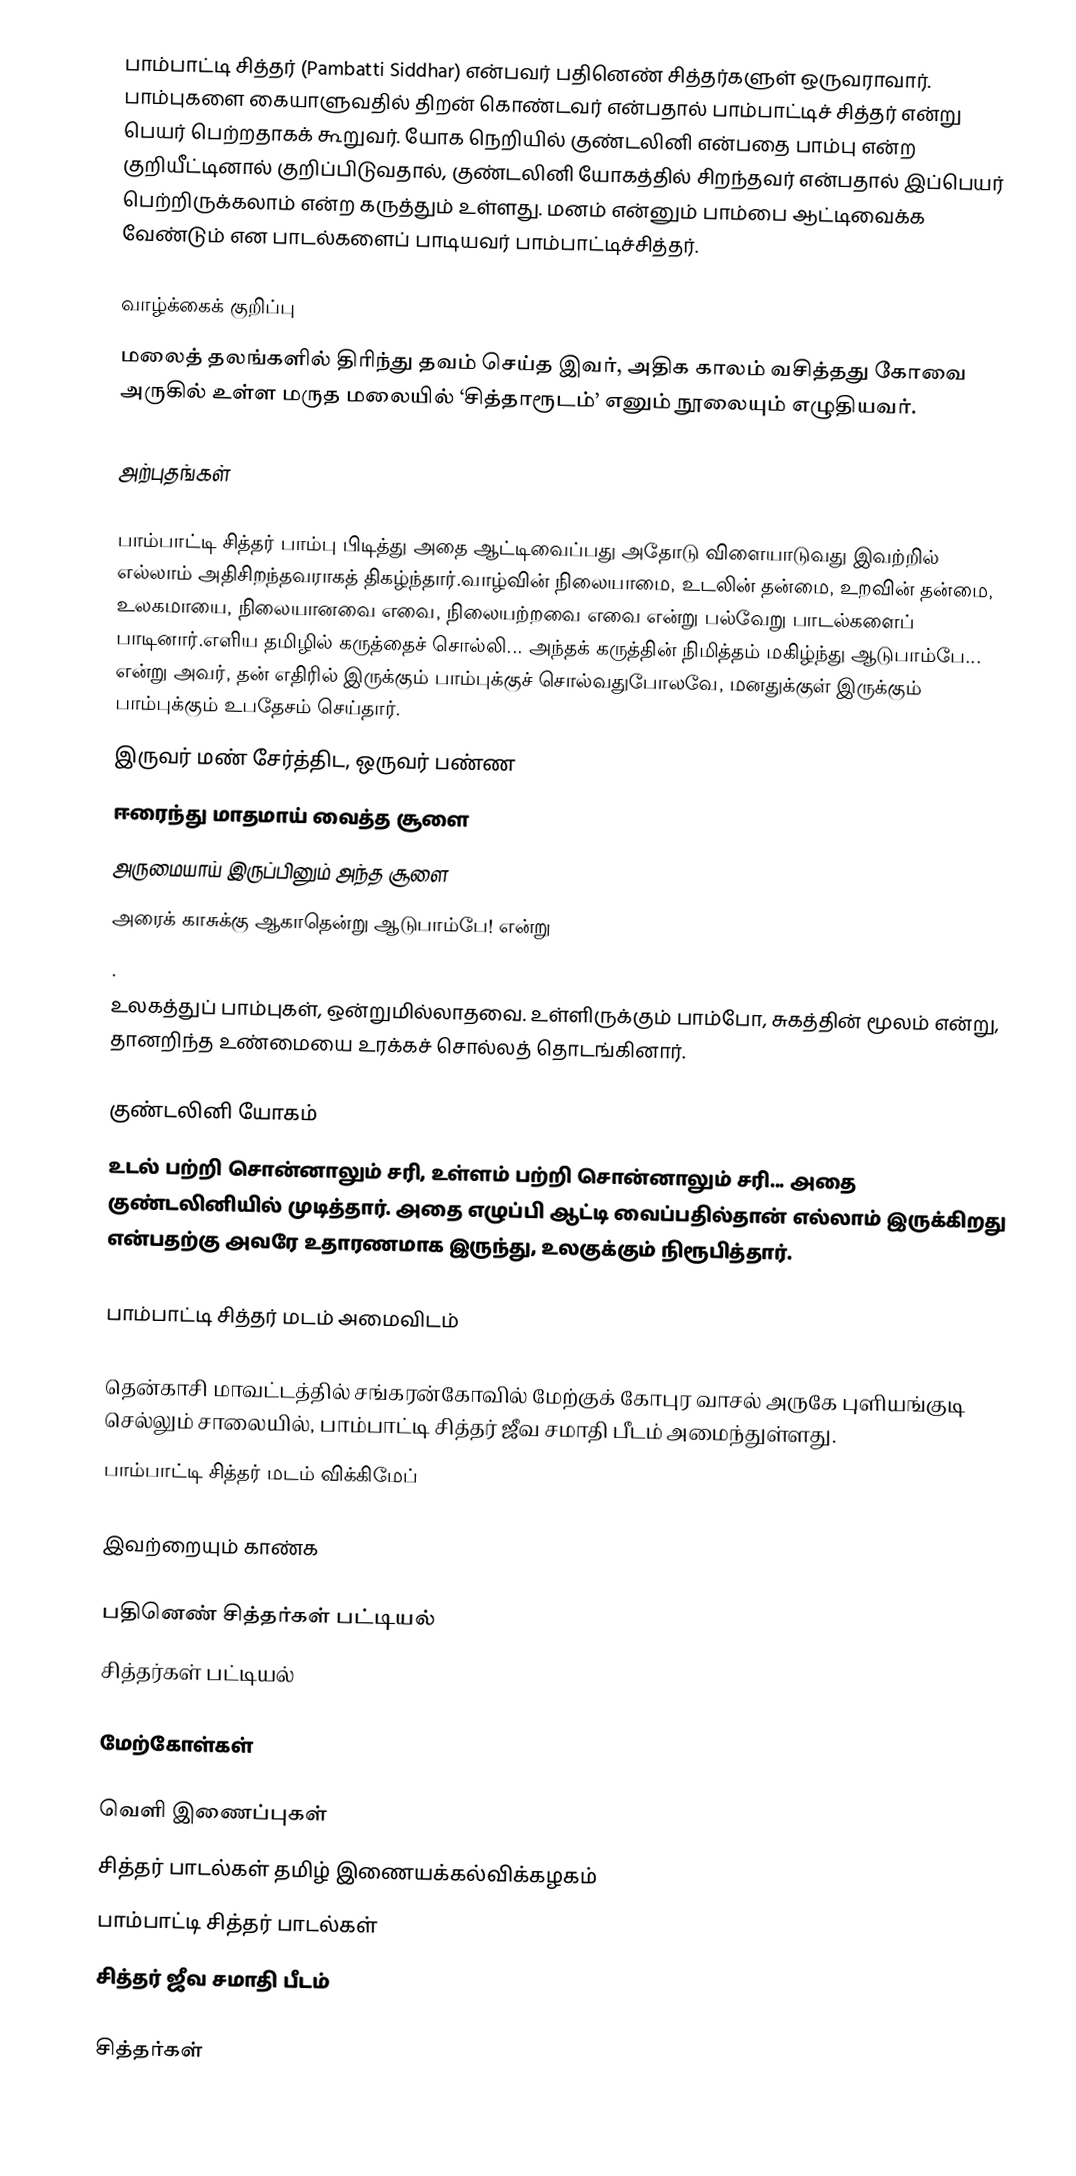
பாம்பாட்டி சித்தர் (Pambatti Siddhar) என்பவர் பதினெண் சித்தர்களுள் ஒருவராவார். பாம்புகளை கையாளுவதில் திறன் கொண்டவர் என்பதால் பாம்பாட்டிச் சித்தர் என்று பெயர் பெற்றதாகக் கூறுவர். யோக நெறியில் குண்டலினி என்பதை பாம்பு என்ற குறியீட்டினால் குறிப்பிடுவதால், குண்டலினி யோகத்தில் சிறந்தவர் என்பதால் இப்பெயர் பெற்றிருக்கலாம் என்ற கருத்தும் உள்ளது. மனம் என்னும் பாம்பை ஆட்டிவைக்க வேண்டும் ௭ன பாடல்களைப் பாடியவர் பாம்பாட்டிச்சித்தர்.

வாழ்க்கைக் குறிப்பு
மலைத் தலங்களில் திரிந்து தவம் செய்த இவர், அதிக காலம் வசித்தது கோவை அருகில் உள்ள மருத மலையில் ‘சித்தாரூடம்’ எனும் நூலையும் எழுதியவர்.

அற்புதங்கள்

பாம்பாட்டி சித்தர் பாம்பு பிடித்து அதை ஆட்டிவைப்பது அதோடு விளையாடுவது இவற்றில் எல்லாம் அதிசிறந்தவராகத் திகழ்ந்தார்.வாழ்வின் நிலையாமை, உடலின் தன்மை, உறவின் தன்மை, உலகமாயை, நிலையானவை எவை, நிலையற்றவை எவை என்று பல்வேறு பாடல்களைப் பாடினார்.எளிய தமிழில் கருத்தைச் சொல்லி... அந்தக் கருத்தின் நிமித்தம் மகிழ்ந்து ஆடுபாம்பே... என்று அவர், தன் எதிரில் இருக்கும் பாம்புக்குச் சொல்வதுபோலவே, மனதுக்குள் இருக்கும் பாம்புக்கும் உபதேசம் செய்தார்.
இருவர் மண் சேர்த்திட, ஒருவர் பண்ண
ஈரைந்து மாதமாய் வைத்த சூளை
அருமையாய் இருப்பினும் அந்த சூளை
அரைக் காசுக்கு ஆகாதென்று ஆடுபாம்பே!  என்று
.
உலகத்துப் பாம்புகள், ஒன்றுமில்லாதவை. உள்ளிருக்கும் பாம்போ, சுகத்தின் மூலம் என்று, தானறிந்த உண்மையை உரக்கச் சொல்லத் தொடங்கினார்.

குண்டலினி யோகம்
உடல் பற்றி சொன்னாலும் சரி, உள்ளம் பற்றி சொன்னாலும் சரி... அதை குண்டலினியில் முடித்தார். அதை எழுப்பி ஆட்டி வைப்பதில்தான் எல்லாம் இருக்கிறது என்பதற்கு அவரே உதாரணமாக இருந்து, உலகுக்கும் நிரூபித்தார்.

பாம்பாட்டி சித்தர் மடம் அமைவிடம்

 தென்காசி மாவட்டத்தில் சங்கரன்கோவில்  மேற்குக் கோபுர வாசல் அருகே புளியங்குடி செல்லும் சாலையில், பாம்பாட்டி சித்தர் ஜீவ சமாதி பீடம் அமைந்துள்ளது.
 பாம்பாட்டி சித்தர் மடம் விக்கிமேப்

இவற்றையும் காண்க

 பதினெண் சித்தர்கள் பட்டியல்
 சித்தர்கள் பட்டியல்

மேற்கோள்கள்

வெளி இணைப்புகள்
 சித்தர் பாடல்கள் தமிழ் இணையக்கல்விக்கழகம்
 பாம்பாட்டி சித்தர் பாடல்கள்
 சித்தர் ஜீவ சமாதி பீடம்

சித்தர்கள்